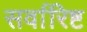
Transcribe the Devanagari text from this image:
सर्वारिष्ट